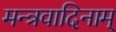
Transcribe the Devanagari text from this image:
मन्त्रवादिनाम्